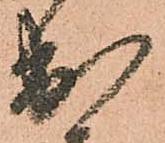
出